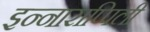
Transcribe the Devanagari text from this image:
इन्नाराप्पिली